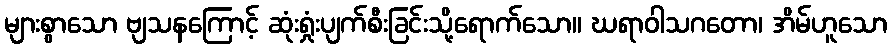
များစွာသော ဗျသနကြောင့် ဆုံးရှုံးပျက်စီးခြင်းသို့ရောက်သော။ ဃရာဝါသဂတော၊ အိမ်ဟူသော